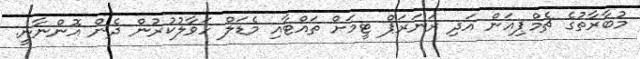
މުބާރާތުގެ ޗެމްޕިއަން އަދި ރަނަރަޕް ޓީމަށް ތައްޓާއި މެޑަލް ހަވާލުކުރުން ދެން އޮންނާނީ.